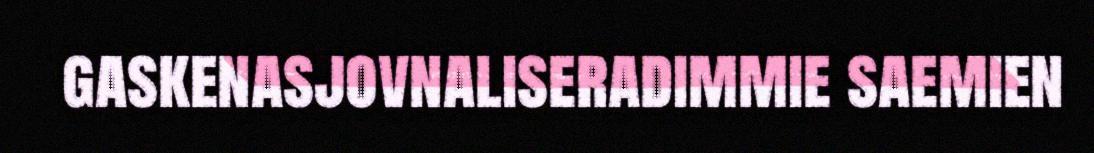
gaskenasjovnaliseradimmie saemien